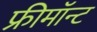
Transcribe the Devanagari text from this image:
फ्रीमॉन्‍ट